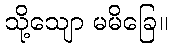
သို့သျော မမိခြေ။